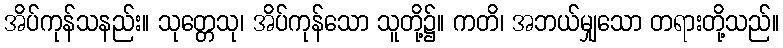
အိပ်ကုန်သနည်း။ သုတ္တေသု၊ အိပ်ကုန်သော သူတို့၌။ ကတိ၊ အဘယ်မျှသော တရားတို့သည်။